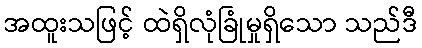
အထူးသဖြင့် ထဲရှိလုံခြုံမှုရှိသော သည်ဒီ